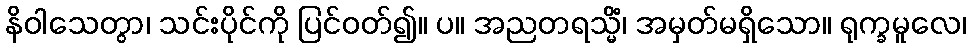
နိဝါသေတွာ၊ သင်းပိုင်ကို ပြင်ဝတ်၍။ ပ။ အညတရသ္မိံ၊ အမှတ်မရှိသော။ ရုက္ခမူလေ၊